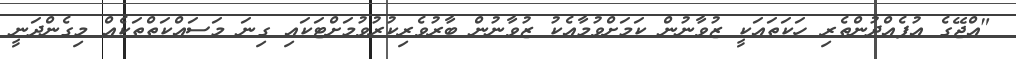
"އްޖޭގެ އުފެއްދުންތެރި ހަކަތައަކީ ޒުވާނުން ކަމަށްވުމާއެކު ޒުވާނުން ބާރުވެރިކުރުވުމަށްޓަކައި ގިނަ މަސައްކަތްތަކެއް މިގެންދަނީ